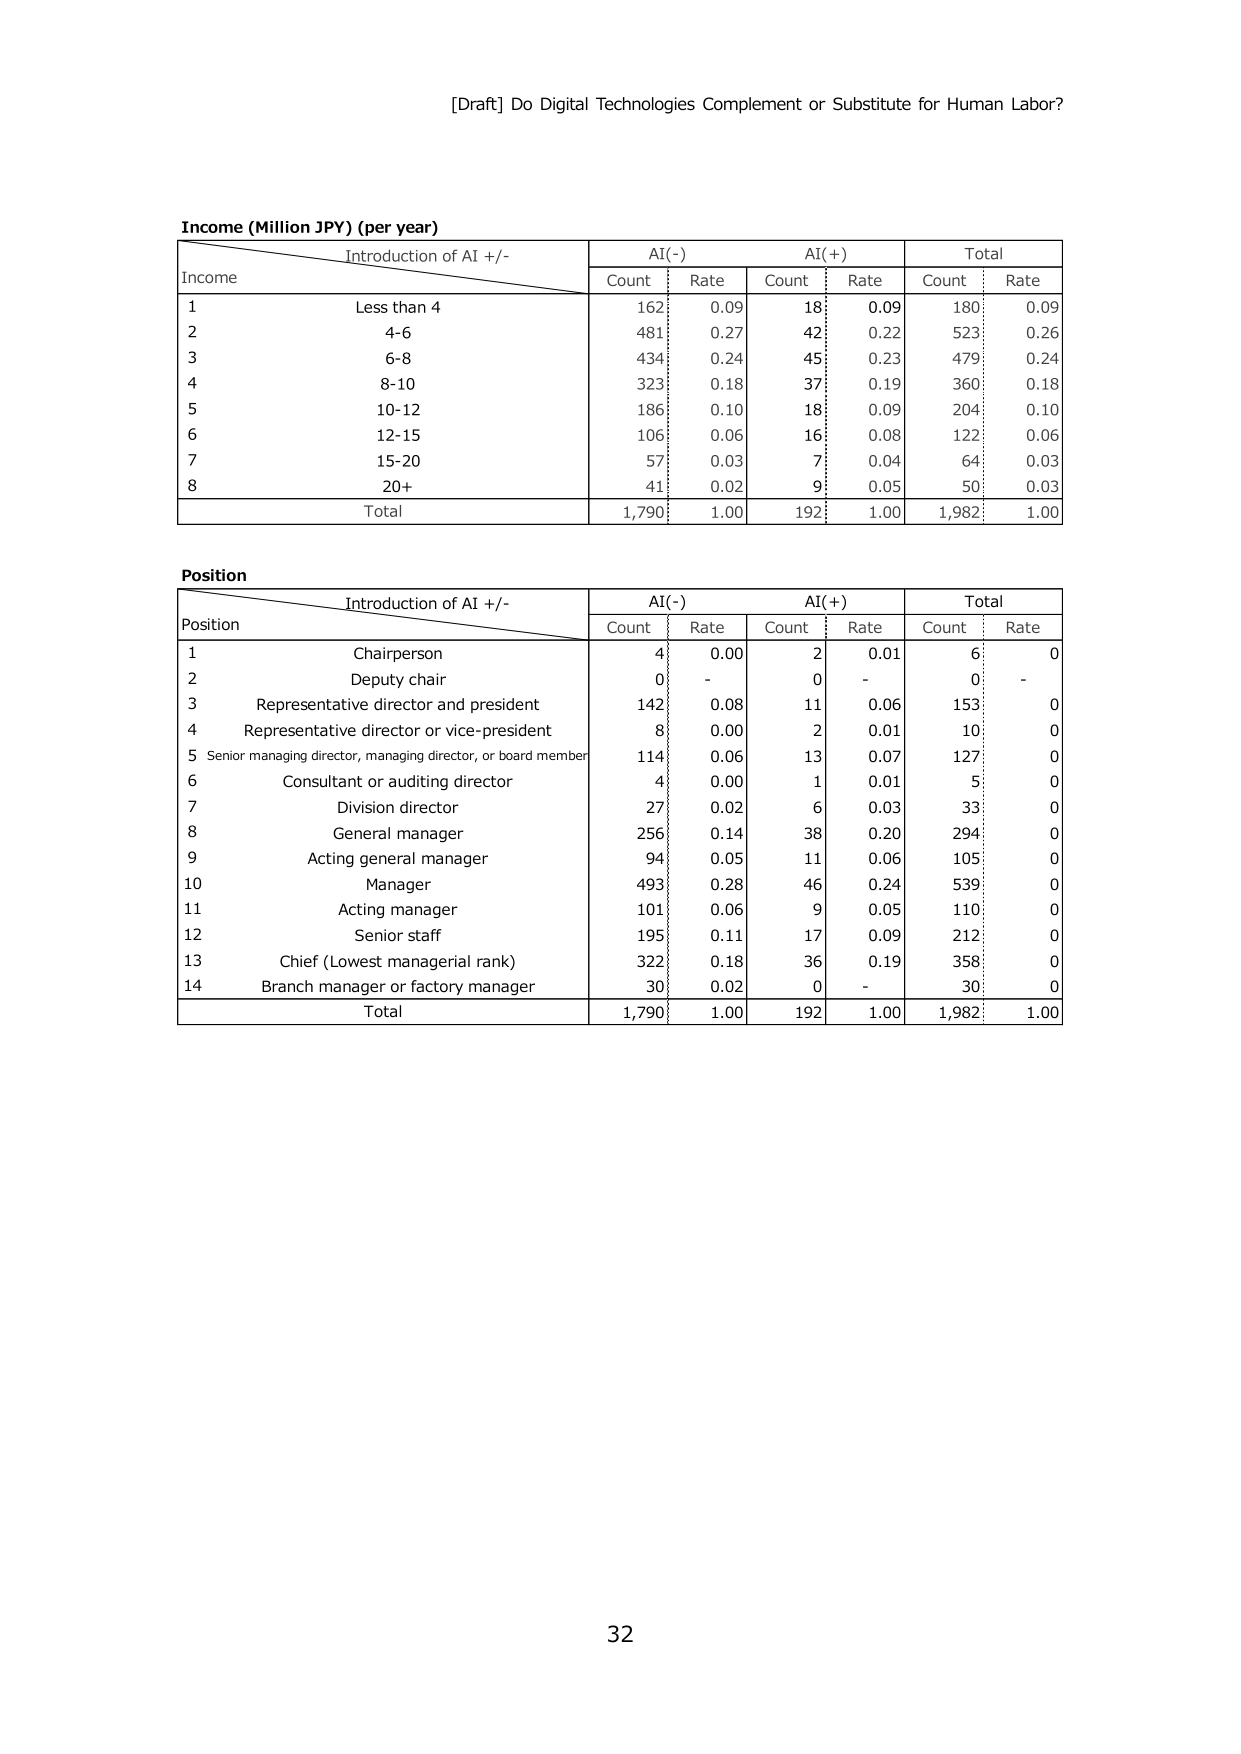
[Draft] Do Digital Technologies Complement or Substitute for Human Labor?

Income (Million JPY) (per year)
Introduction of AI +/-
AI(-)        AI(+)        Total
Count   Rate    Count   Rate    Count   Rate
Income
1       Less than 4       162     0.09    18      0.09    180     0.09
2       4-6               481     0.27    42      0.22    523     0.26
3       6-8               434     0.24    45      0.23    479     0.24
4       8-10              323     0.18    37      0.19    360     0.18
5       10-12             186     0.10    18      0.09    204     0.10
6       12-15             106     0.06    16      0.08    122     0.06
7       15-20             57      0.03    7       0.04    64      0.03
8       20+               41      0.02    9       0.05    50      0.03
Total                   1,790   1.00    192     1.00    1,982   1.00

Position
Introduction of AI +/-
AI(-)        AI(+)        Total
Count   Rate    Count   Rate    Count   Rate
Position
1       Chairperson       4       0.00    2       0.01    6       0
2       Deputy chair      0       -       0       -       0       -
3       Representative director and president   142     0.08    11      0.06    153     0
4       Representative director or vice-president   8       0.00    2       0.01    10      0
5       Senior managing director, managing director, or board member   114     0.06    13      0.07    127     0
6       Consultant or auditing director   4       0.00    1       0.01    5       0
7       Division director 27      0.02    6       0.03    33      0
8       General manager   256     0.14    38      0.20    294     0
9       Acting general manager   94      0.05    11      0.06    105     0
10      Manager           493     0.28    46      0.24    539     0
11      Acting manager    101     0.06    9       0.05    110     0
12      Senior staff      195     0.11    17      0.09    212     0
13      Chief (Lowest managerial rank)   322     0.18    36      0.19    358     0
14      Branch manager or factory manager   30      0.02    0       -       30      0
Total                   1,790   1.00    192     1.00    1,982   1.00

32